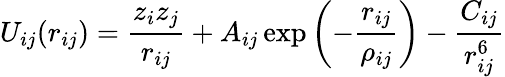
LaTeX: U_{ij}(r_{ij})=\frac{z_{i}z_{j}}{r_{ij}}+A_{ij}\exp\left(-\frac{r_{ij}}{\rho_{ij}}\right)-\frac{C_{ij}}{r_{ij}^{6}}